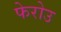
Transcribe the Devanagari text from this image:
फेरोउ